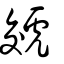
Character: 虠